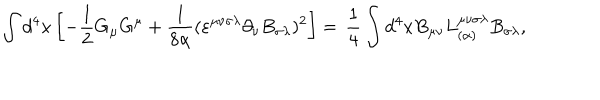
LaTeX: \int d ^ { 4 } x \left[ - \frac { 1 } { 2 } G _ { \mu } G ^ { \mu } + \frac { 1 } { 8 \alpha } ( \varepsilon ^ { \mu \nu \sigma \lambda } \partial _ { \nu } B _ { \sigma \lambda } ) ^ { 2 } \right] = \nonumber \, \frac { 1 } { 4 } \int d ^ { 4 } x B _ { \mu \nu } L _ { ( \alpha ) } ^ { \mu \nu \sigma \lambda } B _ { \sigma \lambda } ,